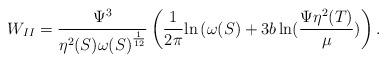
LaTeX: \begin{align*}W_{II} = \frac{{\Psi}^3}{\eta^2(S) {\omega(S)}^{\frac{1}{12}}}\left(\frac{1}{2 \pi} {\ln {(\omega (S)}} +3 b \ln (\frac{\Psi \eta^{2}(T)}{\mu}) \right).\end{align*}